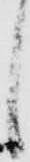
し